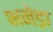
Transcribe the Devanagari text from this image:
भनेड़ा